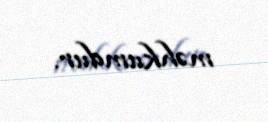
məhkumdur.